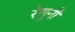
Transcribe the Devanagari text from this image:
रेणूनी